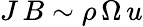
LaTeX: J\, B\sim\rho\, \Omega\, u